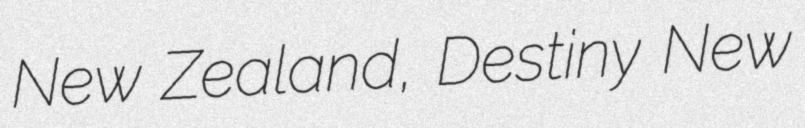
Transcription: New Zealand, Destiny New